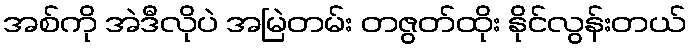
အစ်ကို အဲဒီလိုပဲ အမြဲတမ်း တဇွတ်ထိုး နိုင်လွန်းတယ်